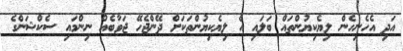
އަދި އެހެނިހެން ލިޔެކިޔުންތައް ބަލައި އެ ލިޔެކިޔުންތަކަށް ދޭންޖެހޭ ޖަވާބެއް ނިންމައި ސެކްޝަންގެ